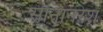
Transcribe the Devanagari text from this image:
सोनानरेश